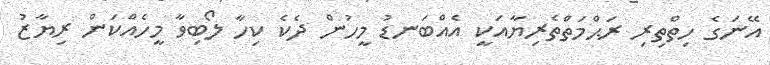
އޭނަގެ ހިތްތިރި ރަޙްމަތްތެރިޔާއަކީ އެއްބަނޑު މީހުން ދެކެ ކިހާ ލޯބިވާ މީހެއްކަން ރިޔާޒު